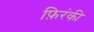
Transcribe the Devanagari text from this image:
फ़िरंकी